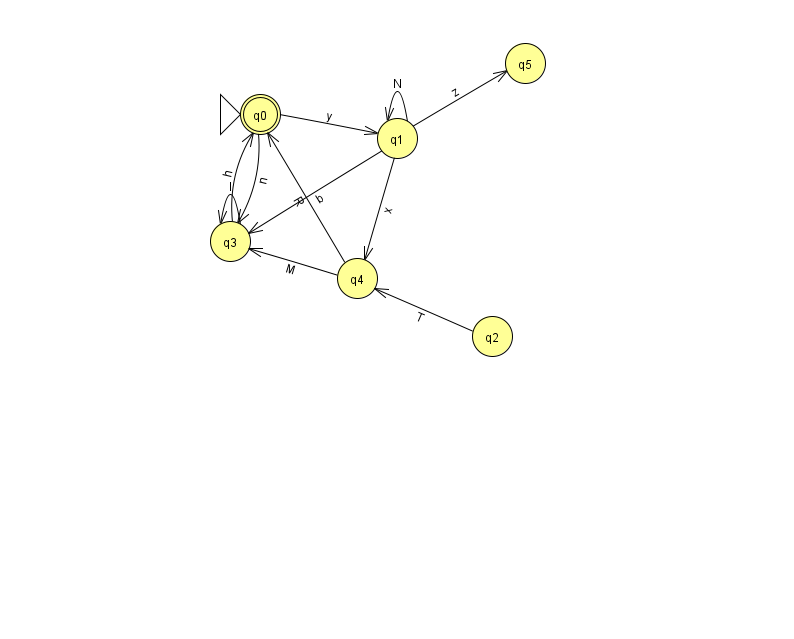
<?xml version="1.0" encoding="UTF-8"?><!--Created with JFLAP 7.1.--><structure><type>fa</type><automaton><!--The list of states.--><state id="0" name="q0"><x>260.0</x><y>101.0</y><initial/><final/></state><state id="1" name="q1"><x>397.0</x><y>125.0</y></state><state id="2" name="q2"><x>492.0</x><y>323.0</y></state><state id="3" name="q3"><x>230.0</x><y>228.0</y></state><state id="4" name="q4"><x>357.0</x><y>265.0</y></state><state id="5" name="q5"><x>525.0</x><y>50.0</y></state><!--The list of transitions.--><transition><from>1</from><to>4</to><read>x</read></transition><transition><from>2</from><to>4</to><read>T</read></transition><transition><from>0</from><to>1</to><read>y</read></transition><transition><from>4</from><to>0</to><read>R</read></transition><transition><from>1</from><to>5</to><read>z</read></transition><transition><from>3</from><to>3</to><read>I</read></transition><transition><from>4</from><to>3</to><read>M</read></transition><transition><from>3</from><to>0</to><read>h</read></transition><transition><from>0</from><to>3</to><read>n</read></transition><transition><from>1</from><to>1</to><read>N</read></transition><transition><from>1</from><to>3</to><read>b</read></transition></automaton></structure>